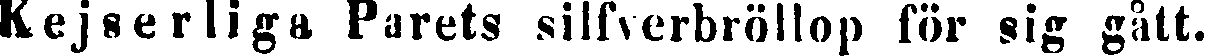
Kejserliga Parets silfverbröllop för sig gått.